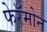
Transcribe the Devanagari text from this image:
फेरॅमोन